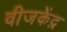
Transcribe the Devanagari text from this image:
वीजकेंद्र